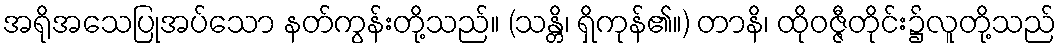
အရိုအသေပြုအပ်သော နတ်ကွန်းတို့သည်။ (သန္တိ၊ ရှိကုန်၏။) တာနိ၊ ထိုဝဇ္ဇီတိုင်း၌လူတို့သည်